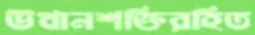
উত্থানশক্তিরহিত